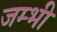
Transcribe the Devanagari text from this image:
जम्भी